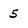
Character: 5